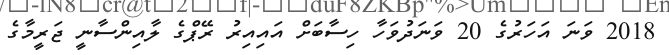
2018 ވަނަ އަހަރުގެ 20 ވަނަދުވަހާ ހިސާބަށް އައިއިރު ރޭޕްގެ ލާއިންސާނީ ޖަރީމާގެ